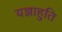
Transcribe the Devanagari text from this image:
यज्ञाहुति